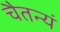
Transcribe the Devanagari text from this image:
चैतन्यं